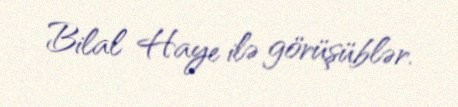
Bilal Haye ilə görüşüblər.